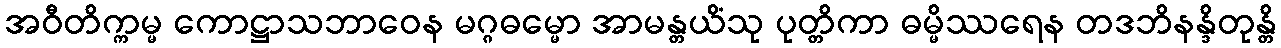
အဝီတိက္ကမ္မ ကောဋ္ဌာသဘာဝေန မဂ္ဂဓမ္မော အာမန္တယိံသု ပုတ္တိကာ ဓမ္မိဿရေန တဒဘိနန္ဒိတုန္တိ